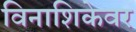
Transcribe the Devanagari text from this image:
विनाशिकेवर